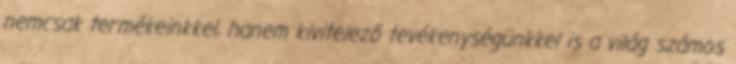
nemcsak termékeinkkel, hanem kivitelezô tevékenységünkkel is a világ számos